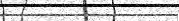
٥١